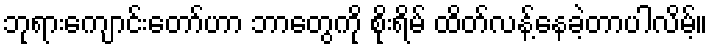
ဘုရားကျောင်းတော်ဟာ ဘာတွေကို စိုးရိမ် ထိတ်လန့်နေခဲ့တာပါလိမ့်။